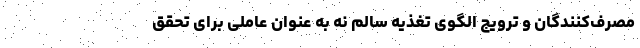
مصرف‌کنندگان و ترویج الگوی تغذیه سالم نه به عنوان عاملی برای تحقق